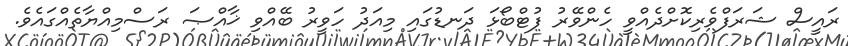
ރައީސް ޝަރަފްވެރިކޮށްދެއްވީ ހެންވޭރު ފުޓްބޯޅަ ދަނޑުގައި މިއަދު ހަވީރު ބޭއްވި ޚާއްޞަ ރަސްމިއްޔާތެއްގައެވެ.